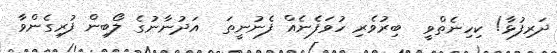
ދަރިފުޅާ! ކިހިނެތްވީ  ބިރުވެރި ހުވަފެނެއް ފެނުނީތަ  އަދުނާނުގެ ލޯބިން ފުރިގެންވާ